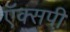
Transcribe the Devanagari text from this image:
ऍक्सपी़